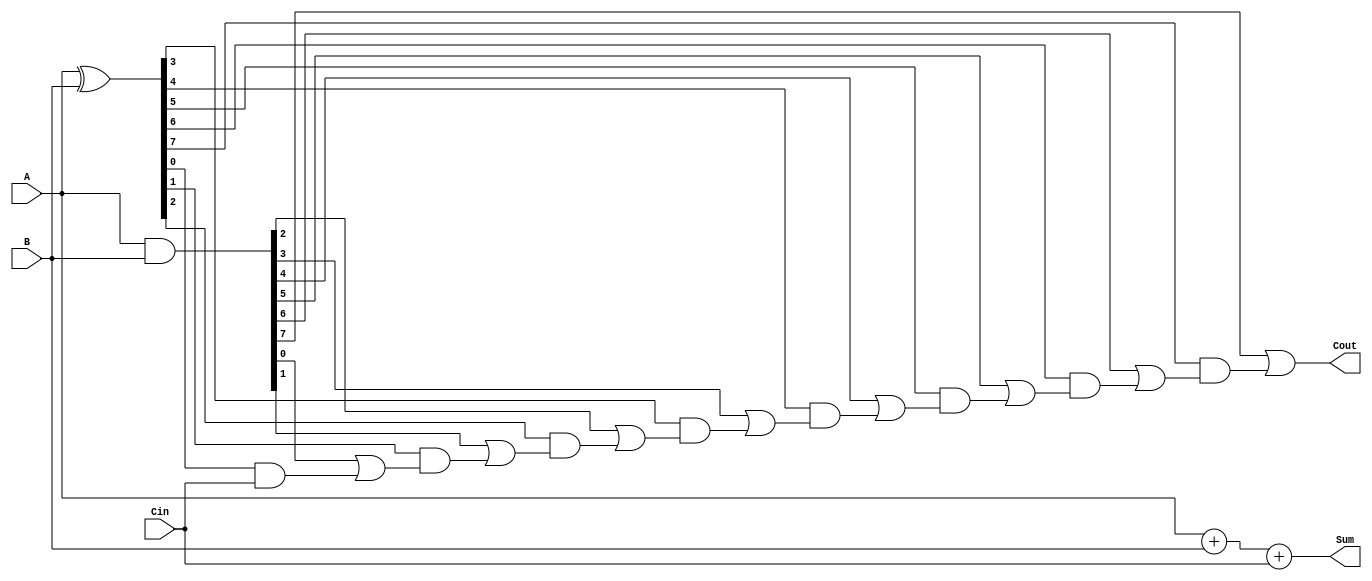
module carry_lookahead_adder(
    input [7:0] A,
    input [7:0] B,
    input Cin,
    output [7:0] Sum,
    output Cout);

    wire [7:0] P, G;
    wire [8:0] C;

    assign P = A ^ B;
    assign G = A & B;
    
    assign C[0] = Cin;
    generate
        genvar i;
        for(i=0; i<8; i=i+1) begin: CLA_block
            assign C[i+1] = G[i] | (P[i] & C[i]);
        end
    endgenerate

    assign Cout = C[8];
    assign Sum = A + B + Cin;

endmodule